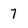
Character: 7